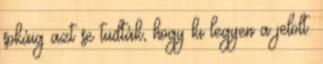
sokáig azt se tudták, hogy ki legyen a jelölt.